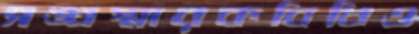
সঙ্ঘস্মারকবিধিও